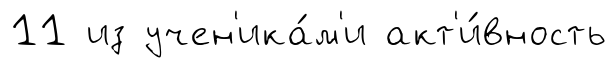
11 из учен'ика́м'и акт'и́вность